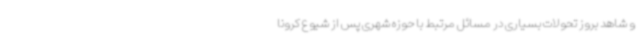
و شاهد بروز تحولات بسیاری در مسائل مرتبط با حوزه شهری پس از شیوع کرونا